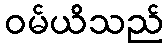
ဝမ်ယိသည်